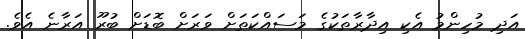
އަދި މުހިންމު އެކި އިދާރާތަކުގެ މަސައްކަތަށް ވަރަށް ބޮޑަށް ބުރޫ އަރާނެ އެވެ.